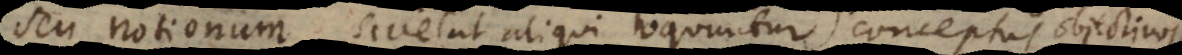
num, sive (ut aliqui loquuntur) conceptus objectivos.